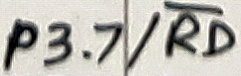
Text: P3.7/RD